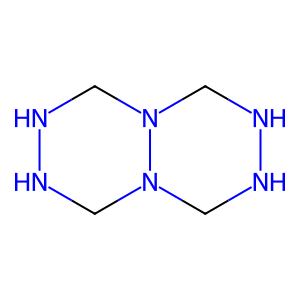
SMILES: C1NNCN2CNNCN12
Inhibits HIV replication: No